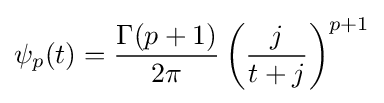
\psi _{p}(t)={\frac {\Gamma (p+1)}{2\pi }}\left({\frac {j}{t+j}}\right)^{p+1}